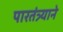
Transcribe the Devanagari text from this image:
पारतंत्र्याने